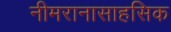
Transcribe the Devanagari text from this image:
नीमरानासाहसिक